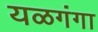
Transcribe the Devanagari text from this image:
यळगंगा